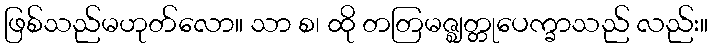
ဖြစ်သည်မဟုတ်လော။ သာ စ၊ ထို တတြမဇ္ဈတ္တုပေက္ခာသည် လည်း။